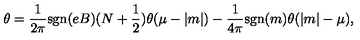
\theta = \frac { 1 } { 2 \pi } \mathrm { s g n } ( e B ) ( N + \frac { 1 } { 2 } ) \theta ( \mu - | m | ) - \frac { 1 } { 4 \pi } \mathrm { s g n } ( m ) \theta ( | m | - \mu ) ,